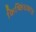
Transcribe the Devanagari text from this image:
किष्किंधकांड